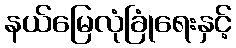
နယ်မြေလုံခြုံရေးနှင့်